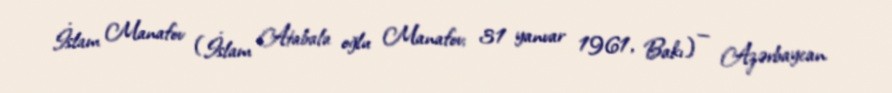
İslam Manafov (İslam Atabala oğlu Manafov; 31 yanvar 1961, Bakı) — Azərbaycan